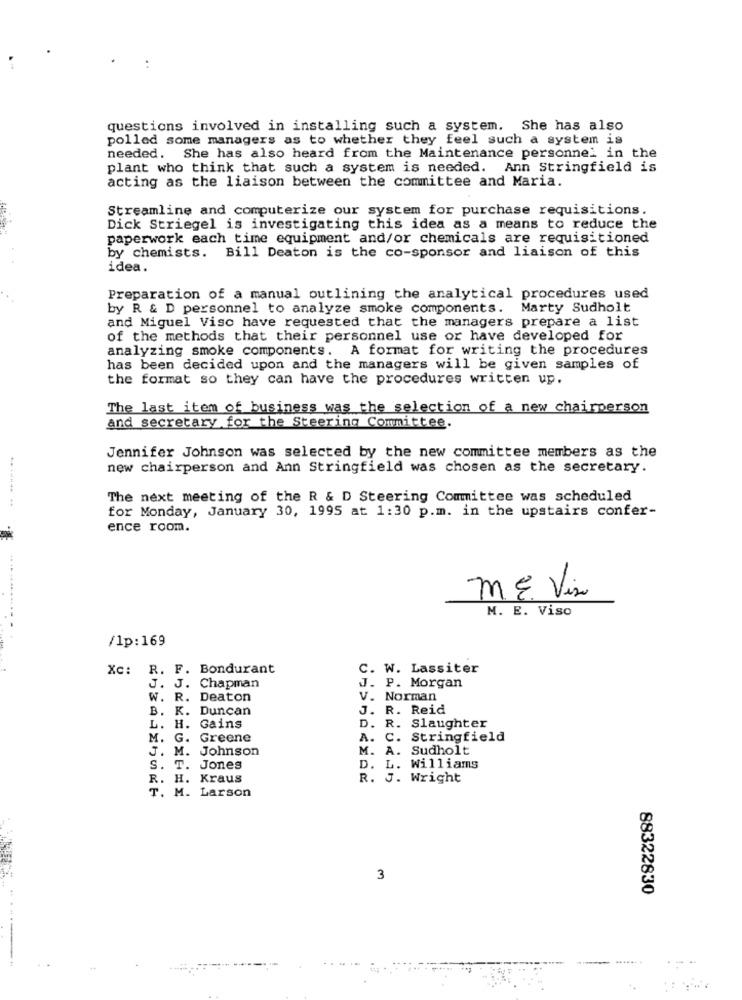
questions involved in installing such a system. She has also
polled some managers as to whether they feel such a system is
needed. She has also heard from the Maintenance personnel in the
plant who think that such a system is needed. Ann Stringfield is
acting as the liaison between the committee and Maria.
Streamline and computerize our system for purchase requisitions.
Dick Striegel is investigating this idea as a means to reduce the
paperwork each time equipment and/or chemicals are requisitioned
by chemists. Bill Deaton is the co-sponsor and liaison of this
idea.
Preparation of a manual outlining the analytical procedures used
by R & D personnel to analyze smoke components.
Marty Sudholt
and Miguel Viso have requested that the managers prepare a list
of the methods that their personnel use or have developed for
analyzing smoke components. A format for writing the procedures
has been decided upon and the managers will be given samples of
the format so they can have the procedures written up.
The last item of business was the selection of a new chairperson
and secretary for the Steering Committee.
Jennifer Johnson was selected by the new committee members as the
new chairperson and Ann Stringfield was chosen as the secretary.
The next meeting of the R & D Steering Committee was scheduled
for Monday, January 30, 1995 at 1:30 p.m. in the upstairs confer-
ence room.
ME Vis
M. E. Viso
/1p:169
Xc: R. F. Bondurant
C. W. Lassiter
J. J. Chapman
J. P. Morgan
W. R. Deaton
V. Norman
B. K. Duncan
J. R. Reid
L. H. Gains
D. R. Slaughter
M. G.
Greene
A. C. Stringfield
J. M. Johnson
M. A. Sudholt
S. T. Jones
D. L. Williams
R. H. Kraus
R. J. Wright
T. M. Larson
3
88322830